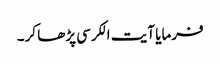
فرمایا آیت الکرسی پڑھا کر۔